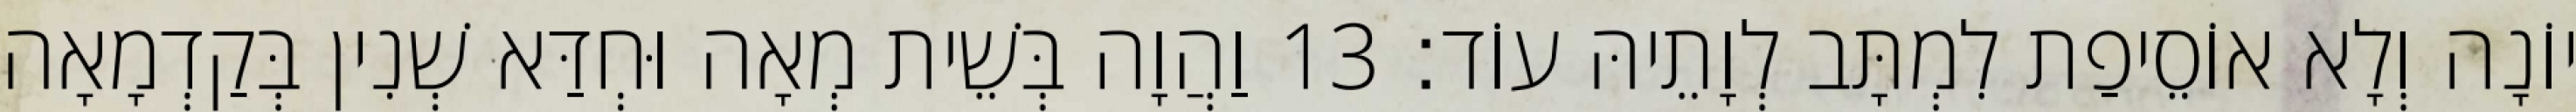
יוֹנָה וְלָא אוֹסֵיפַת לִמְתָּב לְוָתֵיהּ עוֹד׃ 13 וַהֲוָה בְּשֵׁית מְאָה וּחְדַּא שְׁנִין בְּקַדְמָאָה